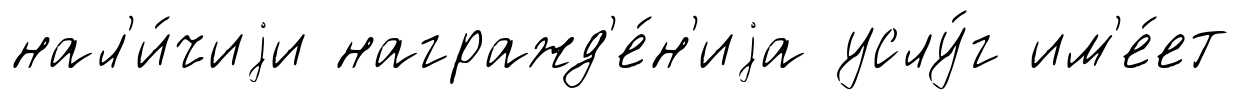
нал'и́чиjи награжд'е́н'иjа услу́г им'е́ет